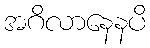
အဂိလာနေနပိ